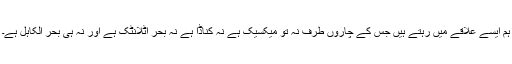
ہم ایسے علاقے میں رہتے ہیں جس کے چاروں طرف نہ تو میکسیک ہے نہ کناڈا ہے نہ بحر اٹلانٹک ہے اور نہ ہى بحر الکاہل ہے۔